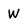
Character: W